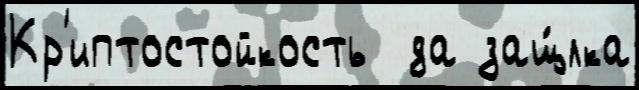
Кр'иптостойкость  да защ́лка